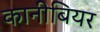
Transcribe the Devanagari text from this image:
कानीबियर